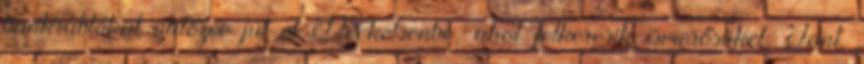
bankrablókat üldözve jut el Deekelsenbe, ahol felkeresik ismerősüket, Jant.